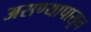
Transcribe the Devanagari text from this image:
असण्यापासून